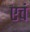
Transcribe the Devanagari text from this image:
एचं